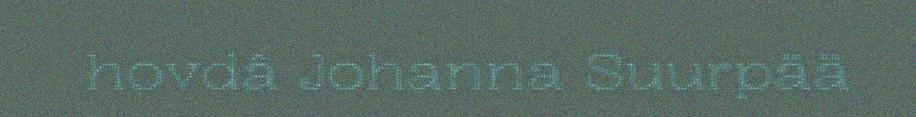
hovdâ Johanna Suurpää